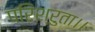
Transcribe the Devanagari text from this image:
परिश्रुता।।